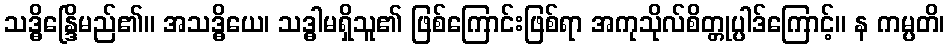
သဒ္ဓိန္ဒြေိမည်၏။ အသဒ္ဓိယေ၊ သဒ္ဓါမရှိသူ၏ ဖြစ်ကြောင်းဖြစ်ရာ အကုသိုလ်စိတ္တုပ္ပါဒ်ကြောင့်။ န ကမ္ပတိ၊